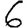
Digit: 6